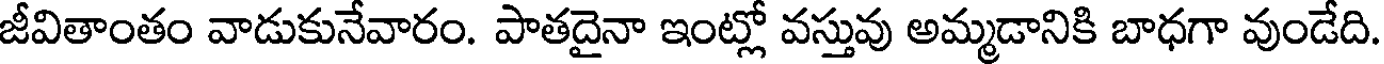
జీవితాంతం వాడుకునేవారం. పాతదైనా ఇంట్లో వస్తువు అమ్మడానికి బాధగా వుండేది